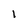
Character: 1